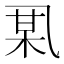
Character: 𫡪